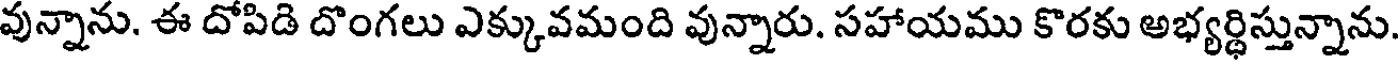
వున్నాను. ఈ దోపిడి దొంగలు ఎక్కువమంది వున్నారు. సహాయము కొరకు అభ్యర్థిస్తున్నాను.